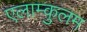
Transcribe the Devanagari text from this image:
एलाम्कुलम